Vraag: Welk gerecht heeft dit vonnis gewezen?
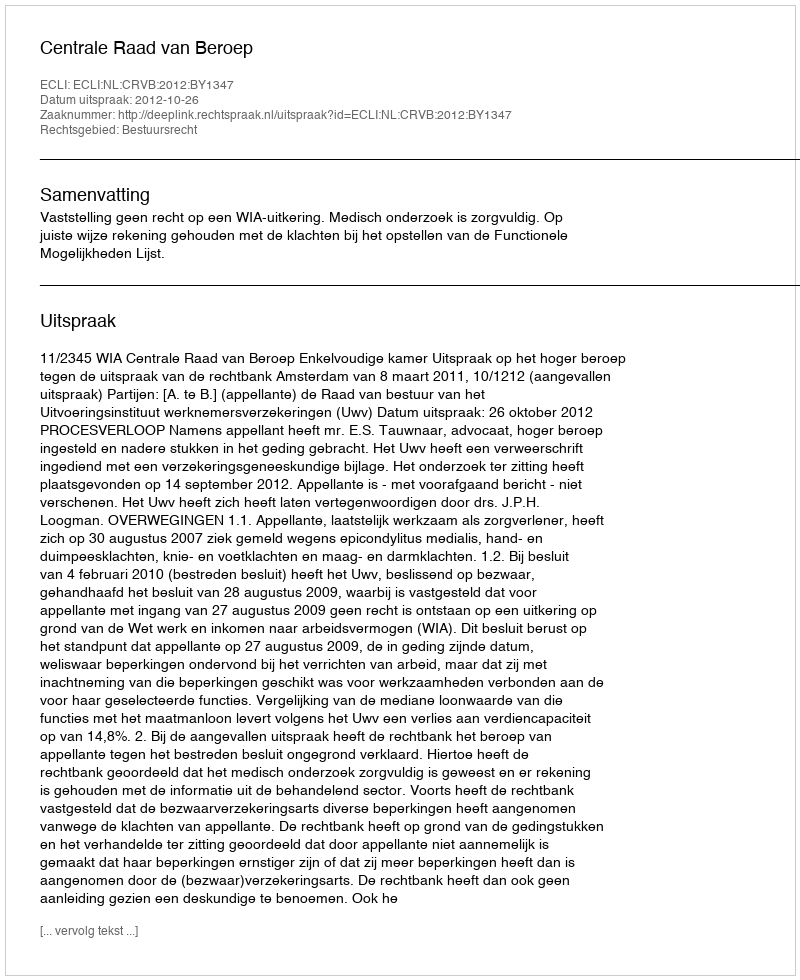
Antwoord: Centrale Raad van Beroep